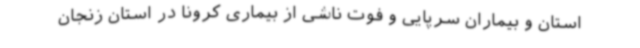
استان و بیماران سرپایی و فوت ناشی از بیماری کرونا در استان زنجان